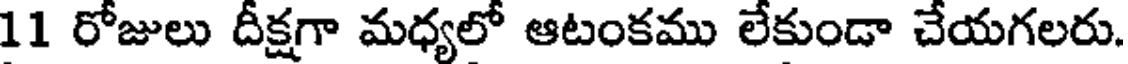
11 రోజులు దీక్షగా మధ్యలో ఆటంకము లేకుండా చేయగలరు.